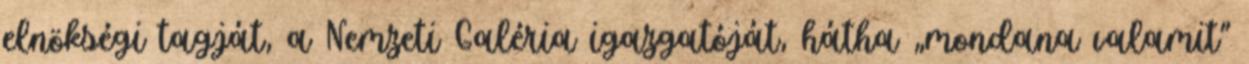
elnökségi tagját, a Nemzeti Galéria igazga­tóját, hátha „mon­dana valamit”